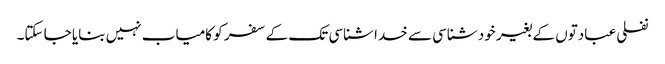
نفلی عبادتوں کے بغیر خود شناسی سے خدا شناسی تک کے سفر کو کامیاب نہیں بنایا جا سکتا۔